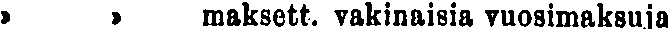
» » maksett. vakinaisia vuosimaksuja